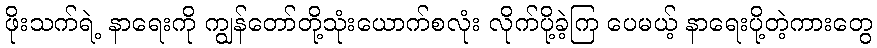
ဖိုးသက်ရဲ့ နာရေးကို ကျွန်တော်တို့သုံးယောက်စလုံး လိုက်ပို့ခဲ့ကြ ပေမယ့် နာရေးပို့တဲ့ကားတွေ